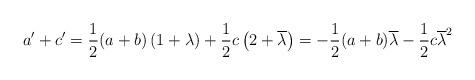
LaTeX: \begin{align*} a'+c' = \frac{1}{2}(a+b)\left(1 + \lambda\right)+ \frac{1}{2}c\left(2 + \overline{\lambda} \right) = - \frac{1}{2}(a+b)\overline{\lambda} - \frac{1}{2} c \overline{\lambda}^2 \end{align*}